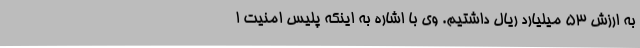
به ارزش 53 میلیارد ریال داشتیم. وی با اشاره به اینکه پلیس امنیت ا